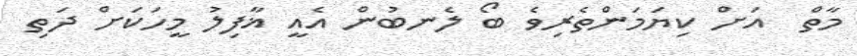
މާތް  އަށް ކިޔަމަންތެރިވެ ބޯ ލެނބުން އެއީ ޣާފިލު މީހަކަށް ދަތި